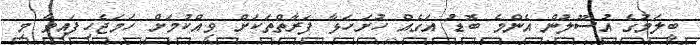
ބީލަމުގެ އުސޫލުން އެންމެ ބޮޑު އަގެއް ހުށަހަޅާ ފަރާތްތަކަށް ވިއްކުމަށް ހަމަޖެހިފައިވާ މި